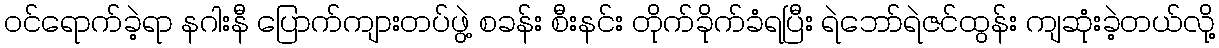
ဝင်ရောက်ခဲ့ရာ နဂါးနီ ပြောက်ကျားတပ်ဖွဲ့ စခန်း စီးနင်း တိုက်ခိုက်ခံရပြီး ရဲဘော်ရဲဇင်ထွန်း ကျဆုံးခဲ့တယ်လို့